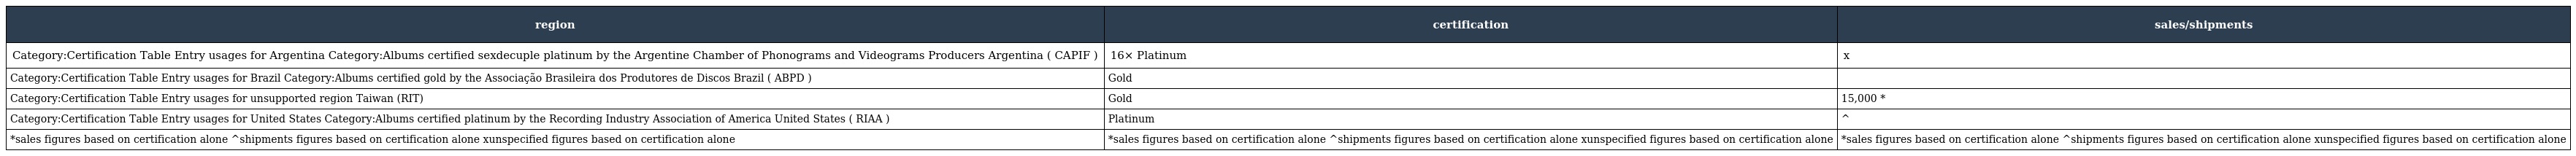
| region | certification | sales/shipments |
 | --- | --- | --- |
 | Category:Certification Table Entry usages for Argentina Category:Albums certified sexdecuple platinum by the Argentine Chamber of Phonograms and Videograms Producers Argentina ( CAPIF ) | 16× Platinum | x |
 | Category:Certification Table Entry usages for Brazil Category:Albums certified gold by the Associação Brasileira dos Produtores de Discos Brazil ( ABPD ) | Gold |  |
 | Category:Certification Table Entry usages for unsupported region Taiwan (RIT) | Gold | 15,000 * |
 | Category:Certification Table Entry usages for United States Category:Albums certified platinum by the Recording Industry Association of America United States ( RIAA ) | Platinum | ^ |
 | *sales figures based on certification alone ^shipments figures based on certification alone xunspecified figures based on certification alone | *sales figures based on certification alone ^shipments figures based on certification alone xunspecified figures based on certification alone | *sales figures based on certification alone ^shipments figures based on certification alone xunspecified figures based on certification alone |